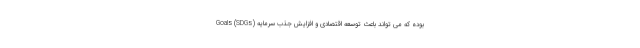
Goals (SDGs) بوده که می تواند باعث توسعه اقتصادی و افزایش جذب سرمایه